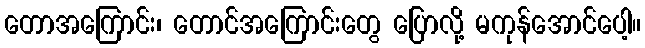
တောအကြောင်း၊ တောင်အကြောင်းတွေ ပြောလို့ မကုန်အောင်ပေါ့။